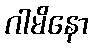
ဂါမိနော